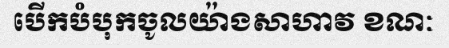
បើកបំបុកចូលយ៉ាងសាហាវ ខណៈ